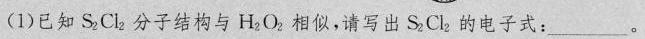
(1)已知S _{2}Cl _{2}分子结构与H _{2}O，相似，请写出S _{2}Cl。的电子式：___。